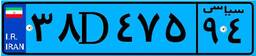
۳۸D۴۷۵۹۴